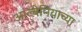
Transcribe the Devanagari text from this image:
आल्बेनियाच्या